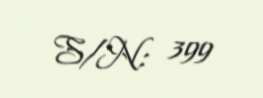
S/N: 399